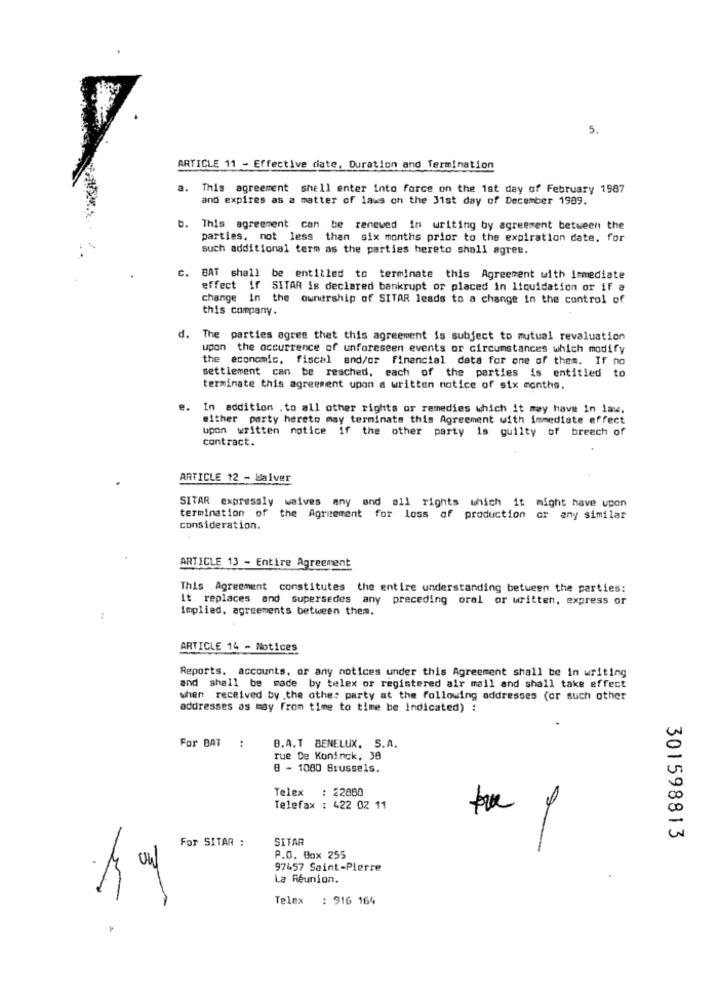
5.
ARTICLE 11 - Effective date, Duration and Termination
a.
This agreement shall enter into force on the 1st day of February 1987
and expires as a matter of laws on the 31st day of December 1989.
b. This agreement can be renewed in writing by agreement between the
parties, not less than six months prior to the expiration date, for
such additional term as the parties hereto shall agree.
C. BAT shall be entitled to terminate this Agreement with immediate
effect if SITAR is declared bankrupt or placed in liquidation or if a
change in the ownership of SITAR leads to a change in the control of
this company.
d. The parties agree that this agreement is subject to mutual revaluation
upon the occurrence of unforeseen events or circumstances which modify
the economic, fiscal and/or financial data for one of them. If no
settlement can be reached, each of the parties is entitled to
terminate this agreement upon a written notice of six months.
e.
In addition . to all other rights or remedies which it may have in law.
either party hereto may terminate this Agreement with immediate effect
upon written notice if the other party is guilty of breach of
contract.
ARTICLE 12 - Waiver
SITAR expressly waives any and all rights which it might have upon
termination of
the Agreement for loss of production or any similar
consideration.
ARTICLE 13 - Entire Agreement
This Agreement constitutes the entire understanding between the parties:
it replaces and supersedes any preceding oral or written, express or
implied, agreements between them.
ARTICLE 14 - Notices
Reports. accounts, or any notices under this Agreement shall be in writing
and shall be made by telex or registered air mail and shall take effect
when received by .the other party at the following addresses (or such other
addresses os moy from time to time be indicated) :
B.A.T BENELUX, S.A.
w
For BAT :
rue De Koninck, 38
8 - 1080 Brussels.
Telex : 22080
Telefax : 422 02 11
For SITAR :
SITAR
w
301598813
P.O. Box 255
97457 Saint-Pierre
La Réunion.
Telex : 916 164